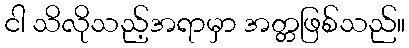
ငါ သိလိုသည့်အရာမှာ အတ္တဖြစ်သည်။